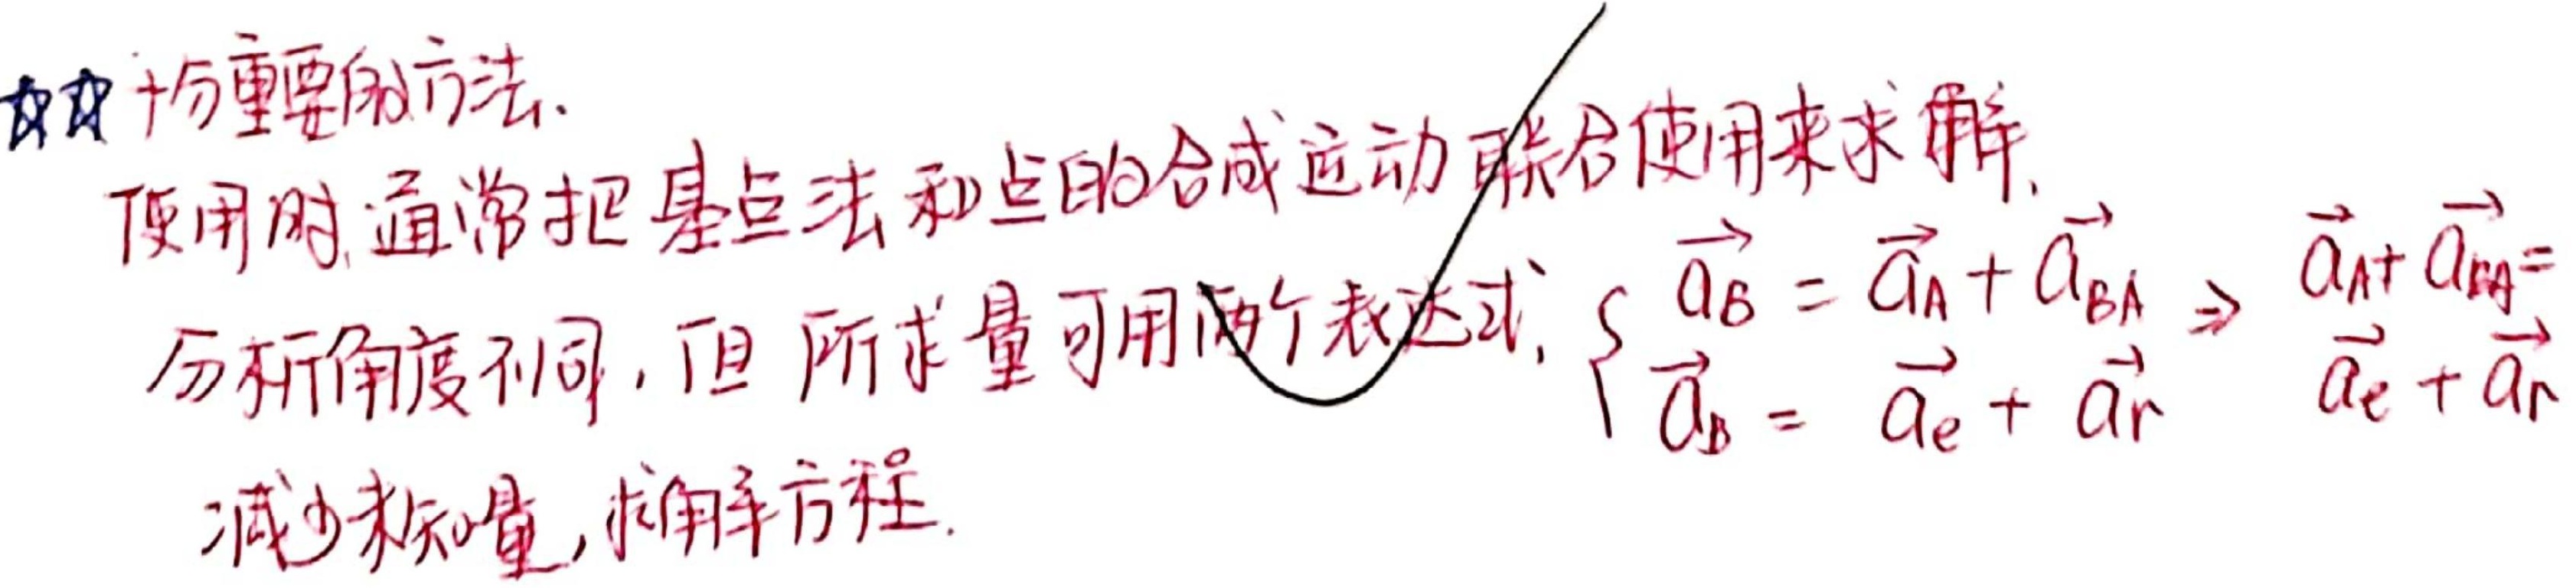
★★十分重要的方法。使用时，通常把基点法和点的合成运动联合使用来求解。分析角度不同，但所求量可用两个表达式：
\(\begin{cases}
\overrightarrow{a_{B}} = \overrightarrow{a_{A}}+\overrightarrow{a_{BA}} \\
\overrightarrow{a_{B}} = \overrightarrow{a_{e}}+\overrightarrow{a_{r}}
\end{cases}
\Rightarrow \overrightarrow{a_{A}}+\overrightarrow{a_{BA}}=\overrightarrow{a_{e}}+\overrightarrow{a_{r}}\)
减少未知量，求解方程。